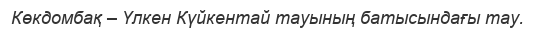
Көкдомбақ – Үлкен Күйкентай тауының батысындағы тау.